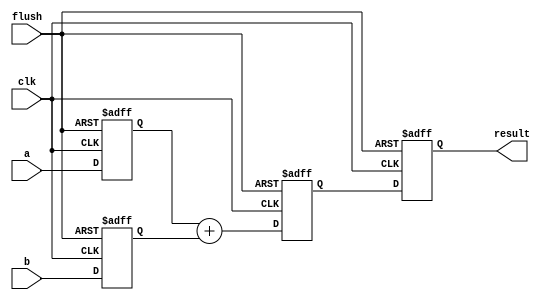
module pipeline (
    input wire clk,
    input wire flush,
    input wire [7:0] a,
    input wire [7:0] b,
    output reg [8:0] result
);

    //The pipeline registers
    reg [7:0] stage1_a, stage1_b;
    reg [8:0] stage2_sum;

    //Stage 1: Input Registration
    always @(posedge clk or posedge flush) begin
        if (flush) begin
            stage1_a <= 8'b0;
            stage1_b <= 8'b0;
        end else begin
            stage1_a <= a;
            stage1_b <= b;
        end
    end

    //Stage 2: Addition
    always @(posedge clk or posedge flush) begin
        if (flush) begin
            stage2_sum <= 9'b0;
        end else begin
            stage2_sum <= stage1_a + stage1_b;
        end
    end

    //Stage 3: Output Registration
    always @(posedge clk or posedge flush) begin
        if (flush) begin
            result <= 9'b0;
        end else begin
            result <= stage2_sum;
        end
    end
endmodule